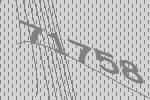
71758